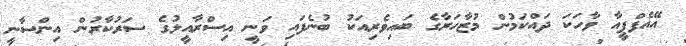
އޭއެފްޕީއާ ވާހަކަ ދައްކަމުން މުޒާހަރާގެ ބައިވެރިއަކު ބުނެފައި ވަނީ އިސްރާއީލުގެ ސަރުކާރުން އިންސާނީ